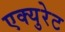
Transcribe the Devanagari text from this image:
एक्युरेट